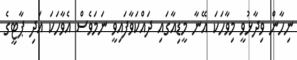
ނިހާން ވިދާޅުވީ މިވާހަކަ އޭނާ މީޑިއާގައި ދައްކަވާފައިވީ ނަމަވެސް އެވާހަކަ އަދި ޕާޓީގެ